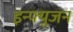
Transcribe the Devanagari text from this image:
इन्फ्यूजन